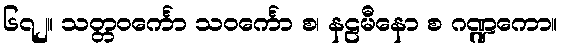
၆၇၂။ သတ္တဝင်္ကော သဝင်္ကော စ၊ နဠမီနော စ ဂဏ္ဍကော။